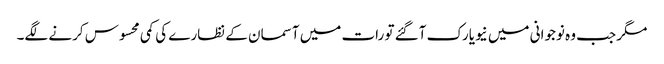
مگر جب وہ نوجوانی میں نیویارک آگئے تو رات میں آسمان کے نظارے کی کمی محسوس کرنے لگے۔